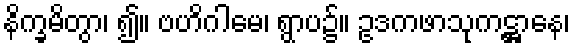
နိက္ခမိတွာ၊ ၍။ ဗဟိဂါမေ၊ ရွာပ၌။ ဥဒကဖာသုကဋ္ဌာနေ၊